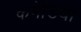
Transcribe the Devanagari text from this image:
कमेडिया